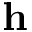
\mathbf { h }